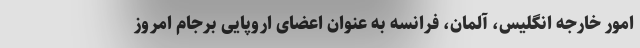
امور خارجه انگلیس، آلمان، فرانسه به عنوان اعضای اروپایی برجام امروز